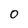
Character: 0